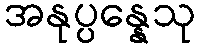
အနုပ္ပန္နေသု